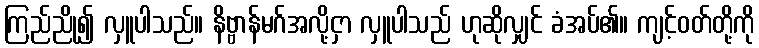
ကြည်ညို၍ လှူပါသည်။ နိဗ္ဗာန်မဂ်အလို့ငှာ လှူပါသည် ဟုဆိုလျှင် ခံအပ်၏။ ကျင့်ဝတ်တို့ကို